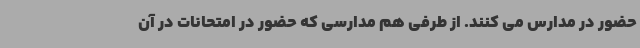
حضور در مدارس می کنند. از طرفی هم مدارسی که حضور در امتحانات در آن